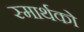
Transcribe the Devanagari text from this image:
स्मार्थको